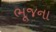
ભૂજના